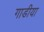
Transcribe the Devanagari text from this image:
गाडीया